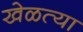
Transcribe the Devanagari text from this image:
खेळत्या